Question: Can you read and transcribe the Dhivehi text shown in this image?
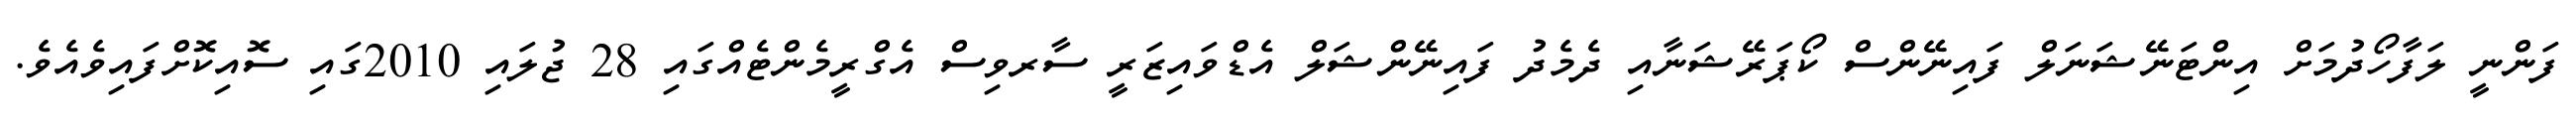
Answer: ފަންނީ ލަފާހޯދުމަށް އިންޓަނޭޝަނަލް ފައިނޭންސް ކޯޕަރޭޝަނާއި ދެމެދު ފައިނޭންޝަލް އެޑްވައިޒަރީ ސާރވިސް އެގްރީމެންޓެއްގައި 28 ޖުލައި 2010ގައި ސޮއިކޮށްފައިވެއެވެ.